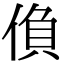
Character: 偩